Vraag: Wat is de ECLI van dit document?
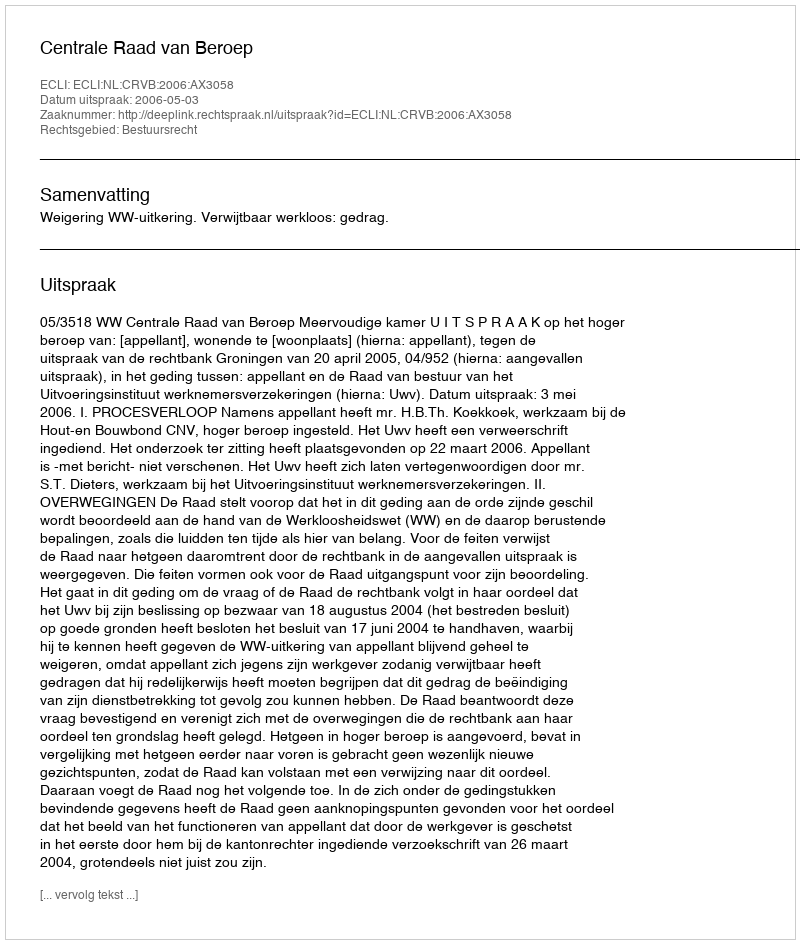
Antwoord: ECLI:NL:CRVB:2006:AX3058